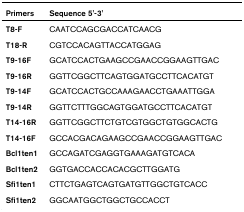
| Primers | Sequence 5'-3' |
 | --- | --- |
 | T8-F | CAATCCAGCGACCATCAACG |
 | T18-R | CGTCCACAGTTACCATGGAG |
 | T9-16F | GCATCCACTGAAGCCGAACCGGAAGTTGAC |
 | T9-16R | GGTTCGGCTTCAGTGGATGCCTTCACATGT |
 | T9-14F | GCATCCACTGCCAAAGAACCTGAAATTGGA |
 | T9-14R | GGTTCTTTGGCAGTGGATGCCTTCACATGT |
 | T14-16R | GGTTCGGCTTCTGTCGTGGCTGTGGCACTG |
 | T14-16F | GCCACGACAGAAGCCGAACCGGAAGTTGAC |
 | Bcl1ten1 | GCCAGATCGAGGTGAAAGATGTCACA |
 | Bcl1ten2 | GGTGACCACCACACGCTTGGATG |
 | Sfi1ten1 | CTTCTGAGTCAGTGATGTTGGCTGTCACC |
 | Sfi1ten2 | GGCAATGGCTGGCTGCCACCT |